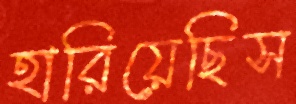
হারিয়েছিস